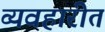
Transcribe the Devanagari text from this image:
व्यवहारीत